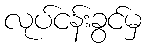
လုပ်ငန်းခွင်မှ